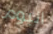
اليوم